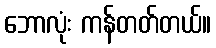
ဘောလုံး ကန်တတ်တယ်။